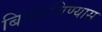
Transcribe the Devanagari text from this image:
बिघडविण्यास